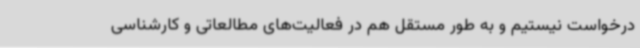
درخواست نیستیم و به طور مستقل هم در فعالیت‌های مطالعاتی و کارشناسی